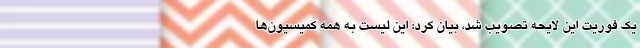
یک فوریت این لایحه تصویب شد، بیان کرد: این لیست به همه کمیسیون‌ها